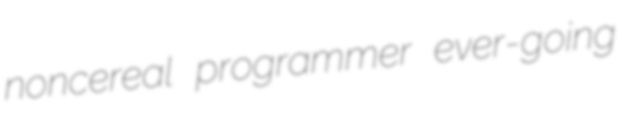
noncereal programmer ever-going